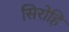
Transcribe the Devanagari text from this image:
सिरोहि